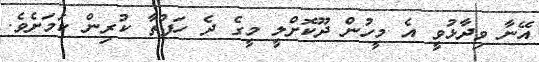
އޭނާ ވިދާޅުވީ އެ މީހުން ދޫކޮށްލީ މީގެ ދެ ހަފުތާ ކުރިން ކަމަށެވެ.